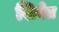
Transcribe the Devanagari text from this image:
शिवेत